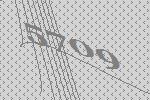
5709